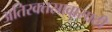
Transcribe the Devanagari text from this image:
अतिरक्तस्रावासाठी